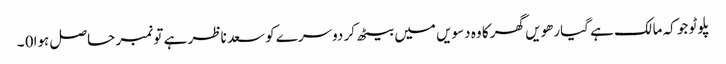
پلوٹو جو کہ مالک ہے گیارھویں گھر کا وہ دسویں میں بیٹھ کر دوسرے کو سعد ناظر ہے تو نمبر حاصل ہوا0 ۔